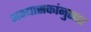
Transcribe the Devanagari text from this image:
अभ्यासकांनुसार